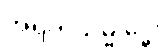
အရဟသမ္ဗုဒ္ဓေါ